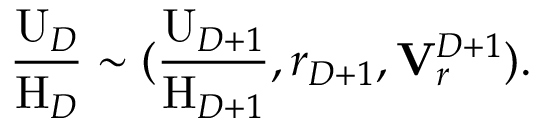
\frac { \mathrm { U } _ { D } } { \mathrm { H } _ { D } } \sim ( \frac { \mathrm { U } _ { D + 1 } } { \mathrm { H } _ { D + 1 } } , r _ { D + 1 } , { \bf V } _ { r } ^ { D + 1 } ) .